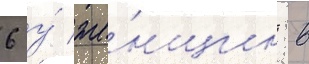
6 у́ же́нщин в